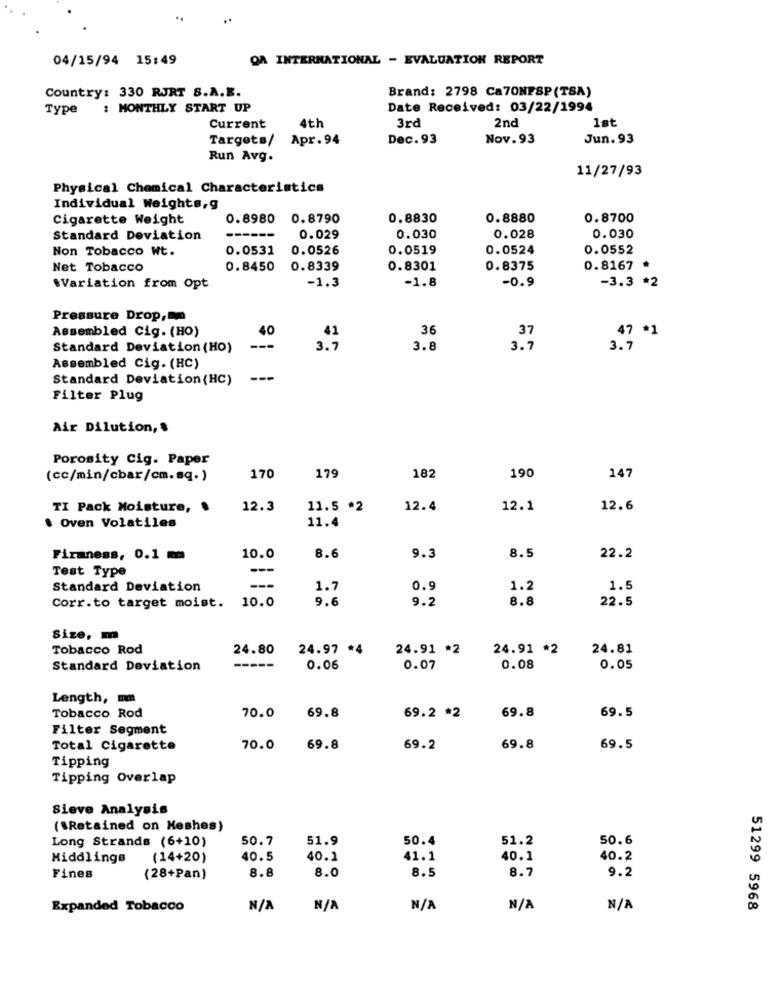
04/15/94 15:49
QA INTERNATIONAL - EVALUATION REPORT
Brand: 2798 Ca70NFSP(TSA)
Country: 330 RJRT S.A.E.
Type
: MONTHLY START UP
Date Received: 03/22/1994
3rd
2nd
1st
Current
4th
Targets/
Apr. 94
Dec. 93
Nov.93
Jun. 93
Run Avg.
11/27/93
Physical Chemical Characteristics
Individual Weights,g
Cigarette Weight
0.8980
0.8790
0.8830
0.8880
0.8700
Standard Deviation
0.029
0.030
0.028
0.030
Non Tobacco Wt.
0.0531
0.0526
0.0519
0.0524
0.0552
Net Tobacco
0.8450
0.8339
0.8301
0.8375
0.8167 *
-1.3
-1.8
-0.9
.Variation from Opt
-3.3 *2
Pressure Drop,mm
Assembled Cig. (HO)
40
36
37
47 *1
41
Standard Deviation (HO)
3.7
3.8
3.7
3.7
Assembled Cig. (HC)
Standard Deviation (HC)
--
Filter Plug
Air Dilution,
Porosity Cig. Paper
182
(cc/min/cbar/cm.sq.)
170
179
190
147
TI Pack Moisture, .
12.3
11.5 *2
12.4
12.1
12.6
. Oven Volatiles
11.4
Firmness, 0.1 mm
10.0
8.6
9.3
8.5
22.2
Test Type
---
Standard Deviation
1.7
0.9
1.2
1.5
10.0
9.6
9.2
8.8
22.5
Corr.to target moist.
Size, m
Tobacco Rod
24.80
24.97 *4
24.91 *2
24.91 *2
24.81
Standard Deviation
-----
0.06
0.07
0.08
0.05
Length, mm
69.8
69.5
Tobacco Rod
70.0
69.2 *2
69.8
Filter Segment
Total Cigarette
70.0
69.8
69.2
69.8
69.5
Tipping
Tipping Overlap
Sieve Analysis
("Retained on Meshes)
Long Strands (6+10)
50.7
51.9
50.4
51.2
50.6
Middlings
(14+20)
40.5
40.1
41.1
40.1
40.2
8.8
8.0
8.5
8.7
Fines
(28+Pan)
9.2
Expanded Tobacco
51299 5968